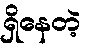
ရှိနေတဲ့